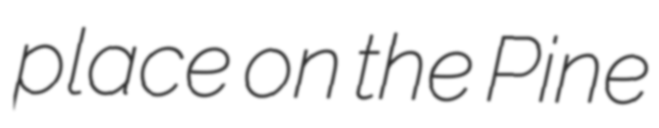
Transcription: place on the Pine